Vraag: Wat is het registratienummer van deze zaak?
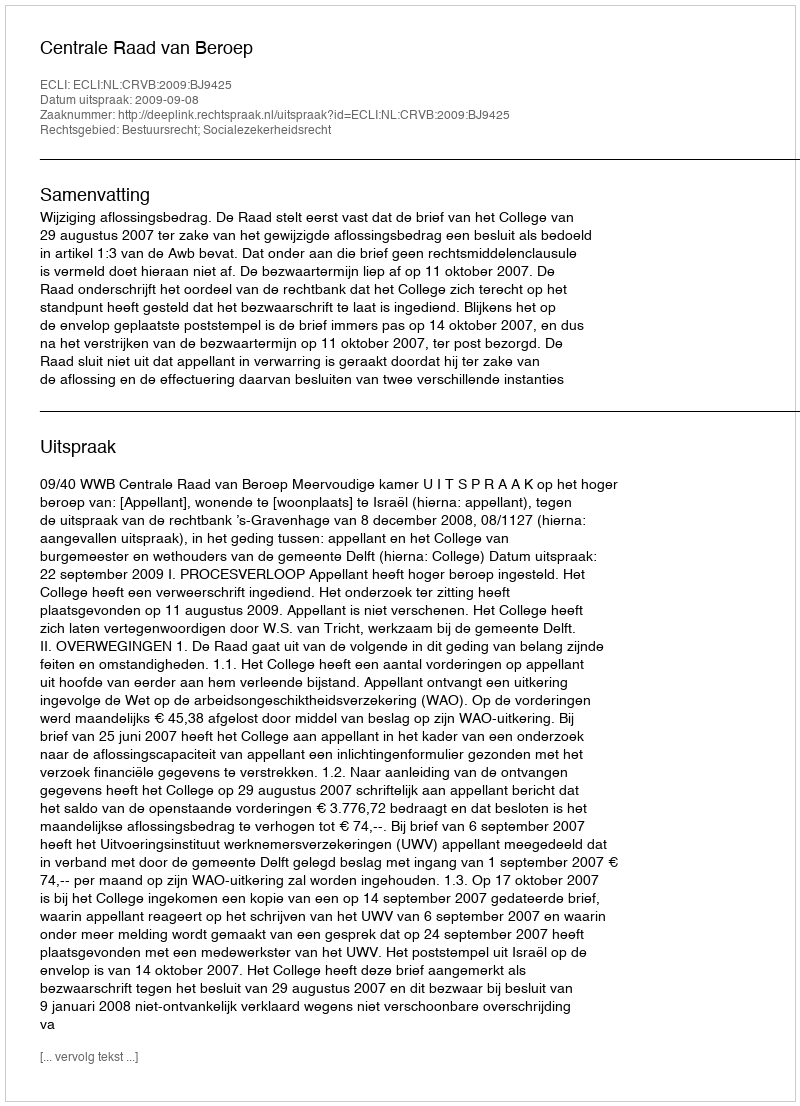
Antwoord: http://deeplink.rechtspraak.nl/uitspraak?id=ECLI:NL:CRVB:2009:BJ9425